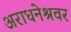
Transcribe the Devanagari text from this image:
अराधनेश्रवर